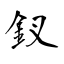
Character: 釵